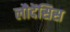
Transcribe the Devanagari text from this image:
लौदेंसिस